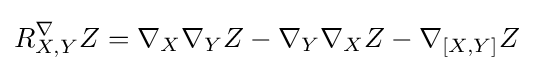
R_{X,Y}^{\nabla }Z=\nabla _{X}\nabla _{Y}Z-\nabla _{Y}\nabla _{X}Z-\nabla _{[X,Y]}Z